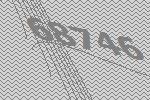
68746